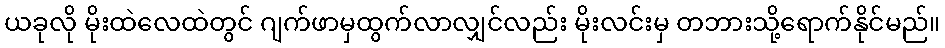
ယခုလို မိုးထဲလေထဲတွင် ဂျက်ဖာမှထွက်လာလျှင်လည်း မိုးလင်းမှ တဘားသို့ရောက်နိုင်မည်။